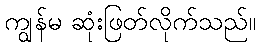
ကျွန်မ ဆုံးဖြတ်လိုက်သည်။